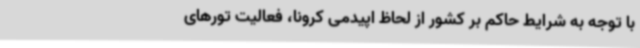
با توجه به شرایط حاکم بر کشور از لحاظ اپیدمی کرونا، فعالیت تورهای